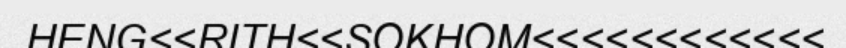
HENG<<RITH<<SOKHOM<<<<<<<<<<<<